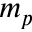
m _ { p }